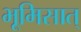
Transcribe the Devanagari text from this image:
भूमिसात्